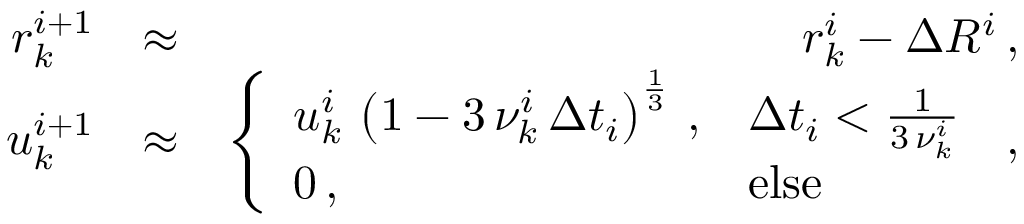
\begin{array} { r l r } { r _ { k } ^ { i + 1 } } & { \approx } & { r _ { k } ^ { i } - \Delta R ^ { i } \, , } \\ { u _ { k } ^ { i + 1 } } & { \approx } & { \left\{ \begin{array} { l l } { u _ { k } ^ { i } \, \left( 1 - 3 \, \nu _ { k } ^ { i } \, \Delta t _ { i } \right) ^ { \frac { 1 } { 3 } } \, , } & { \Delta t _ { i } < \frac { 1 } { 3 \, \nu _ { k } ^ { i } } } \\ { 0 \, , } & { \mathrm { e l s e } } \end{array} \right. \, , } \end{array}